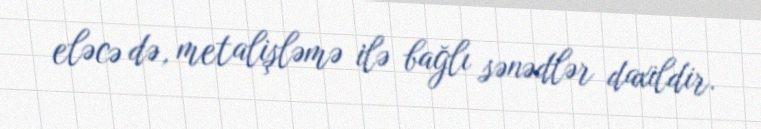
eləcə də, metalişləmə ilə bağlı sənədlər daxildir.